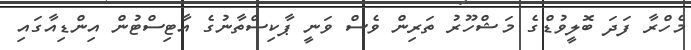
މެހްރާ ފަދަ ބޮލީވުޑްގެ މަޝްހޫރު ތަރިން ވެސް ވަނީ ޕާކިސްތާނުގެ އާޓިސްޓުން އިންޑިއާގައި